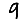
Digit: 9